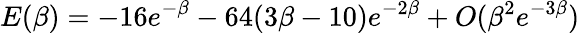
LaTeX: E(\beta)=-16e^{-\beta}-64(3\beta-10)e^{-2\beta}+O(\beta^{2}e^{-3\beta})